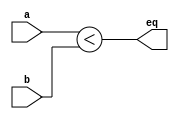
module CW_LT_Comp(a, b, eq) ;
  parameter k=8 ;
  input  [k-1:0]   a ;
  input  [k-1:0]   b ;
  output eq ;
  assign   eq = (a < b) ;
endmodule